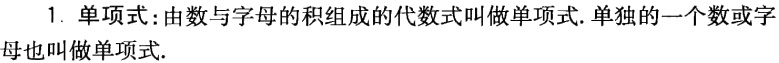
1. 单项式：由数与字母的积组成的代数式叫做单项式. 单独的一个数或字母也叫做单项式.